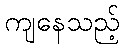
ကျနေသည့်